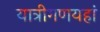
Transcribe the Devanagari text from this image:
यात्रीगणयहां